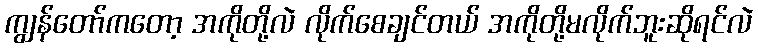
ကျွန်တော်ကတော့ အကိုတို့လဲ လိုက်စေချင်တယ် အကိုတို့မလိုက်ဘူးဆိုရင်လဲ